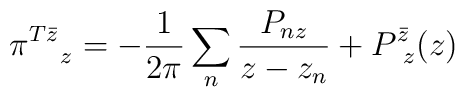
\pi^{T\bar z}_{~~~ z}=-\frac{1}{2\pi}\sum_n\frac{P_{nz}}{z - z_n}+P^{\bar z}_{~z}(z)